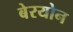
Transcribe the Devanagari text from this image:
बेरयोन